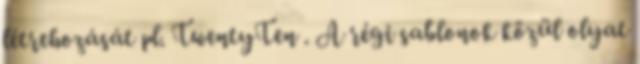
létrehozását pl. TwentyTen . A régi sablonok közül olyat